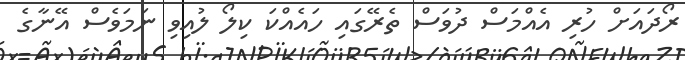
ރޯދައަށް ހުރި އެއްމަސް ދުވަސް ތެރޭގައި ހައެއްކަ ކިލޯ ލުއިވި ނަމަވެސް އޭނާގެ